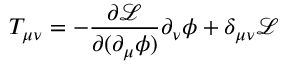
T _ { \mu \nu } = - \frac { \partial \mathcal { L } } { \partial ( \partial _ { \mu } \phi ) } \partial _ { \nu } \phi + \delta _ { \mu \nu } \mathcal { L }